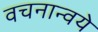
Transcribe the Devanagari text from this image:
वचनान्वये